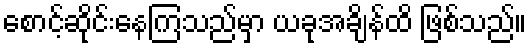
စောင့်ဆိုင်းနေကြသည်မှာ ယခုအချိန်ထိ ဖြစ်သည်။